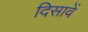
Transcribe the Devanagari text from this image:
दिसावें